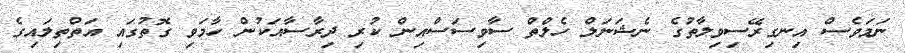
ނަމަވެސް އިނގިރޭސިވިލާތުގެ ނެޝަނަލް ހެލްތް ސާވިސަސްއިން ކުރި ދިރާސާއަކުން ހާމަވި ގޮތުގައި އަތްތިލައިގެ